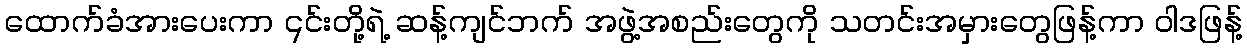
ထောက်ခံအားပေးကာ ၎င်းတို့ရဲ့ ဆန့်ကျင်ဘက် အဖွဲ့အစည်းတွေကို သတင်းအမှားတွေဖြန့်ကာ ဝါဒဖြန့်